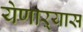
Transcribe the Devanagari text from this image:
येणाऱ्यास